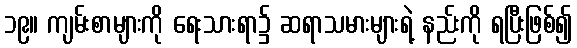
၁၉။ ကျမ်းစာများကို ရေးသားရာ၌ ဆရာသမားများရဲ့ နည်းကို ရပြီးဖြစ်၍